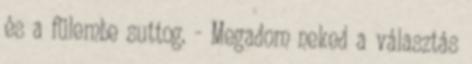
és a fülembe suttog. - Megadom neked a választás